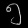
Digit: ၅